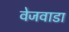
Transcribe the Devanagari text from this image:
वेजवाडा